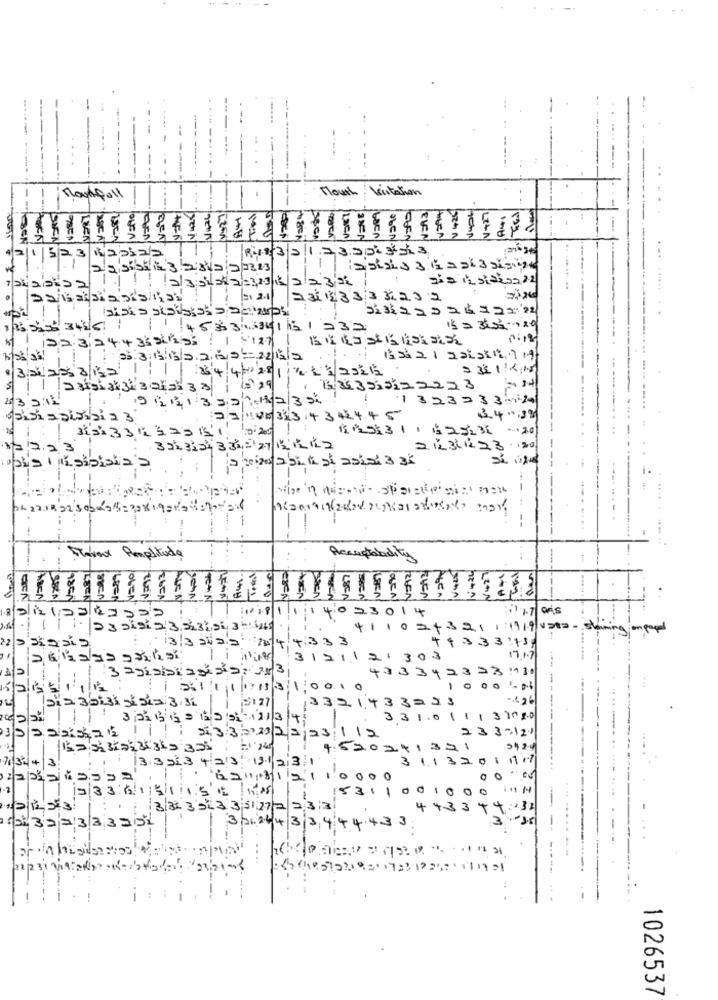
Mouth Vitation
RE:351235353
121523|82322
1 |25 SiSEK 3 2817:27213
... .....
=1 2.1
23113333232
513 2 25 2 6 12122
1325 346 1
453334161232
15 = 3605-020
122324+35SEP255 : 1 4127
22142
86 4 / 4 / 2.8|1 1 | 3|2 5 212
, 1 3535,5122223
203 211
911133214235
1323233:24
2211483534342445
3.41.32
*** 3 1 , 625136 -201
223
2 12311 23 .. 20
janeiro abili si asisi 3 3i
--- --
Ravaux Amplituda
Acceptability
4023014
+1 10 2 + 321 1 :1919 1282 - Staining
3320 10 4 4333
++3.33 :43;
3121121303
17.1.7
3 agisbladas: 2x3
433342323130
121511/14
21111113100
1000 000
3127
Dla 30Di 55 3.31
3321433251
/2/20
33 1.0 1 1 1 31080
23:11
2333121
352225
241321
76/324
31132011717
2/2/23
...
3:11
153
8 31 3 DE 3 3 31277
+4334432
3.35
327333251
3 01.2 6 4 3 3 4 44 433
2048 57 221951723 17 257 .11 19 21
1026537